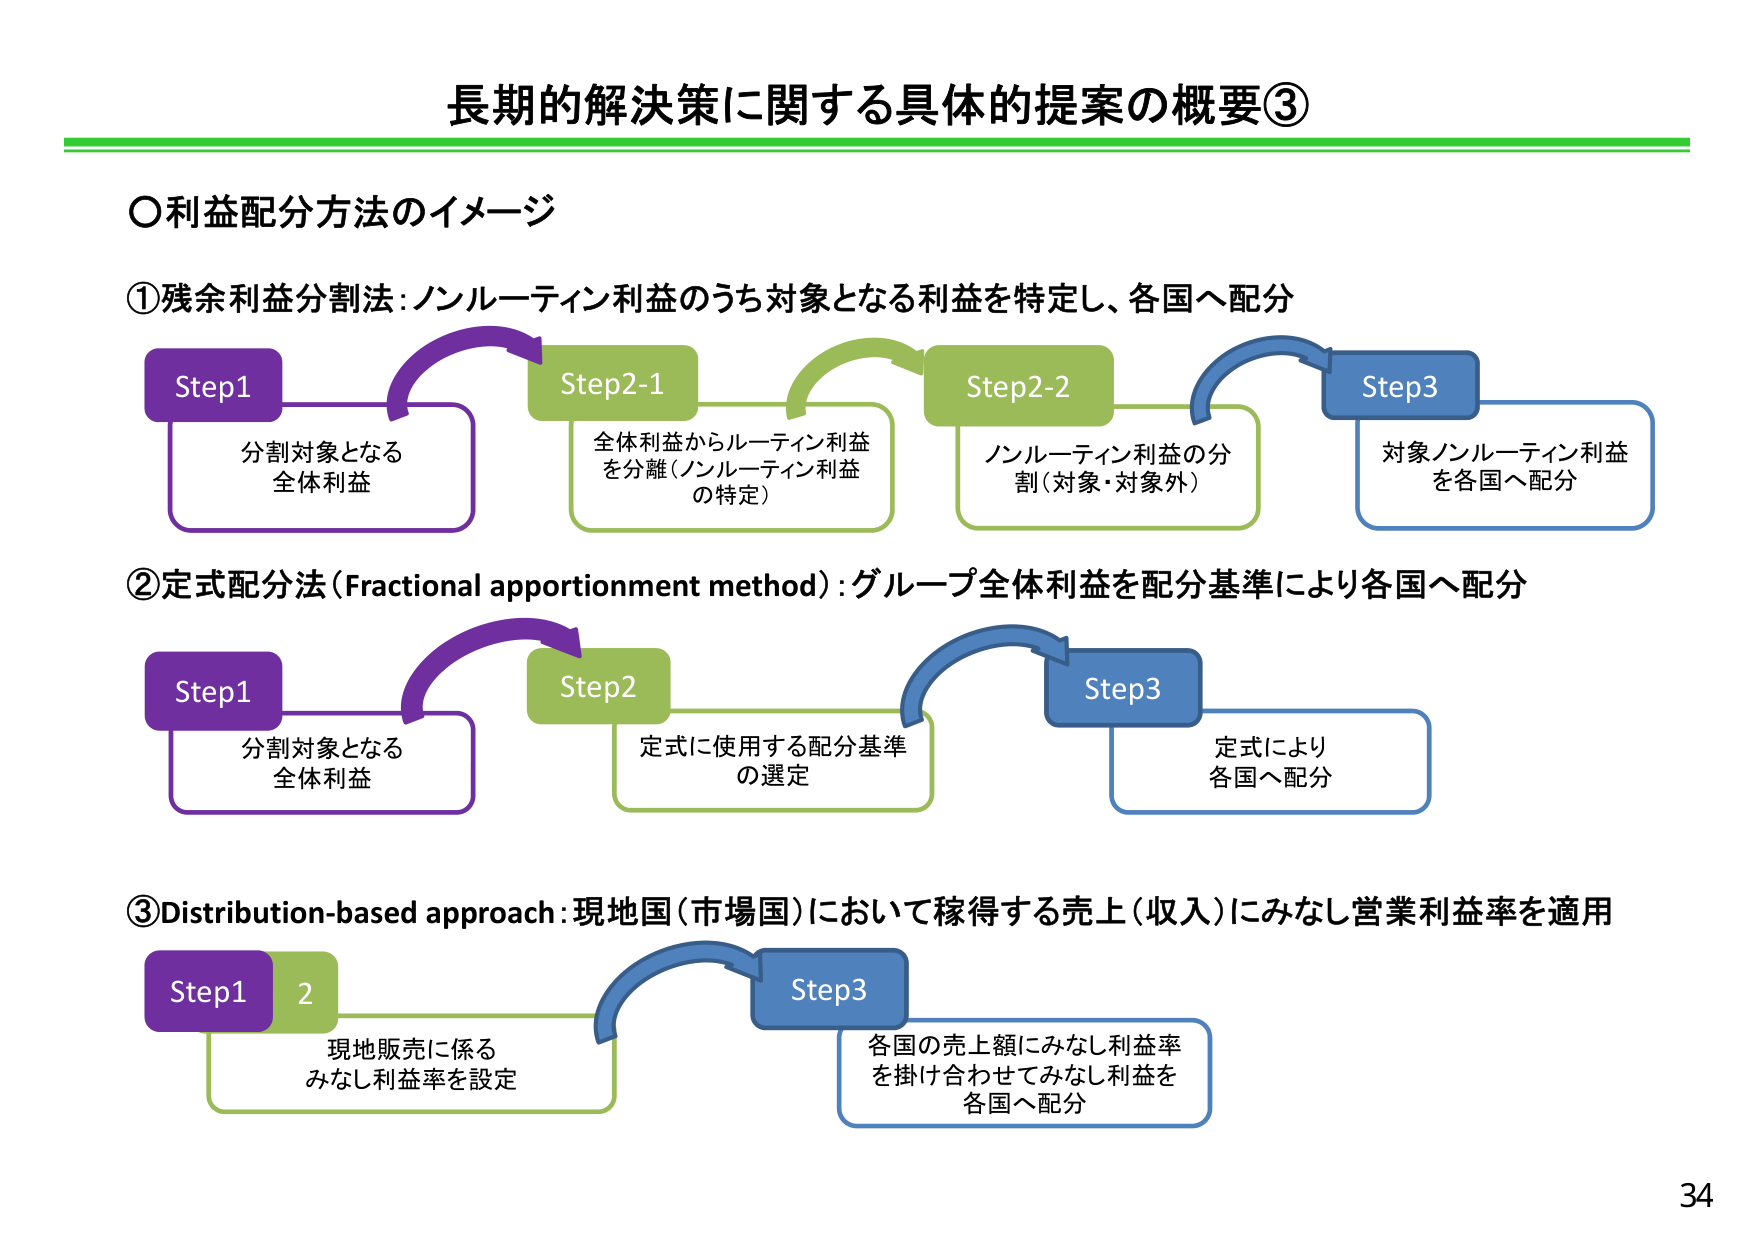
長期的解決策に関する具体的提案の概要③

○利益配分方法のイメージ

①残余利益分割法：ノンルーティン利益のうち対象となる利益を特定し、各国へ配分

Step1
分割対象となる
全体利益

Step2-1
全体利益からルーティン利益
を分離（ノンルーティン利益
の特定）

Step2-2
ノンルーティン利益の分
割（対象・対象外）

Step3
対象ノンルーティン利益
を各国へ配分

②定式配分法（Fractional apportionment method）：グループ全体利益を配分基準により各国へ配分

Step1
分割対象となる
全体利益

Step2
定式に使用する配分基準
の選定

Step3
定式により
各国へ配分

③Distribution-based approach：現地国（市場国）において稼得する売上（収入）にみなし営業利益率を適用

Step1 2
現地販売に係る
みなし利益率を設定

Step3
各国の売上額にみなし利益率
を掛け合わせてみなし利益を
各国へ配分

34